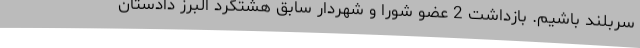
سربلند باشیم. بازداشت 2 عضو شورا و شهردار سابق هشتگرد البرز دادستان